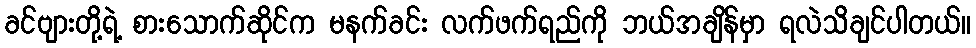
ခင်ဗျားတို့ရဲ့ စားသောက်ဆိုင်က မနက်ခင်း လက်ဖက်ရည်ကို ဘယ်အချိန်မှာ ရလဲသိချင်ပါတယ်။